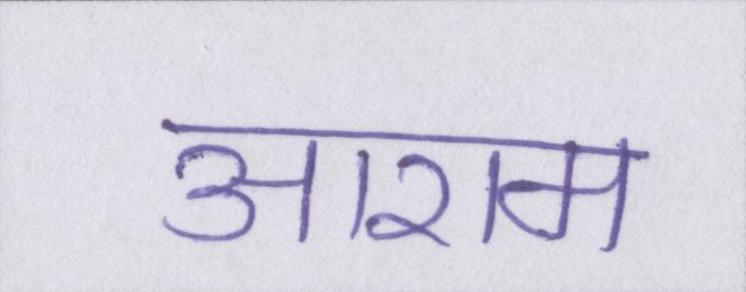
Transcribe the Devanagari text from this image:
आराम